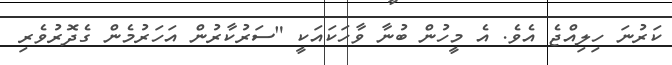
ކަރުނަ ހިލިއްޖެ އެވެ. އެ މީހުން ބުނާ ވާހަކައަކީ "ސަރުކާރުން އަހަރުމެން ގެދޮރުވެރި